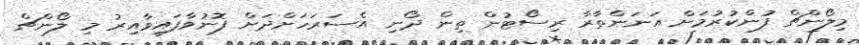
މިލޯންޗް ފުންކުރުމަށް އަނަންތާރާ ރިސޯޓުން ތިން ދޯނި އެސަރަހަށްދަށް ފޮނުވާފައިވާއިރު މި ލޯންޗް